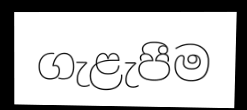
ගැළැපීම